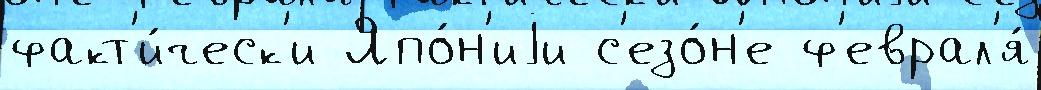
факт'и́ческ'и Япо́н'иjи с'езо́н'е ф'еврал'я́